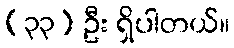
(၃၃) ဦး ရှိပါတယ်။